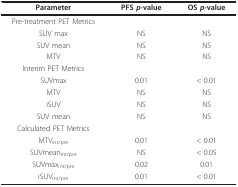
<table><thead><tr><td><b>Parameter</b></td><td><b>PFS <i>p</i>-value</b></td><td><b>OS <i>p</i>-value</b></td></tr></thead><tbody><tr><td>Pre-treatment PET Metrics</td><td></td><td></td></tr><tr><td>SUV max</td><td>NS</td><td>NS</td></tr><tr><td>SUV mean</td><td>NS</td><td>NS</td></tr><tr><td>MTV</td><td>NS</td><td>NS</td></tr><tr><td>Interim PET Metrics</td><td></td><td></td></tr><tr><td>SUVmax</td><td>0.01</td><td>&lt; 0.01</td></tr><tr><td>MTV</td><td>NS</td><td>NS</td></tr><tr><td>iSUV</td><td>NS</td><td>NS</td></tr><tr><td>SUV mean</td><td>NS</td><td>NS</td></tr><tr><td>Calculated PET Metrics</td><td></td><td></td></tr><tr><td>MTV<sub>int/pre</sub></td><td>0.01</td><td>&lt; 0.01</td></tr><tr><td>SUVmean<sub>int/pre</sub></td><td>NS</td><td>&lt; 0.05</td></tr><tr><td>SUVmax<sub>int/pre</sub></td><td>0.02</td><td>0.01</td></tr><tr><td>iSUV<sub>int/pre</sub></td><td>0.01</td><td>&lt; 0.01</td></tr></tbody></table>